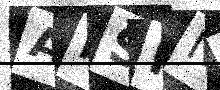
Text: ARSRND